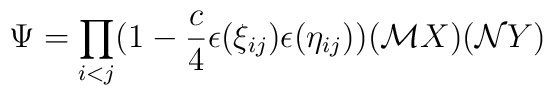
\Psi= \prod_{i<j} (1-\frac{c}{4}\epsilon (\xi_{ij})\epsilon (\eta_{ij}))  ({\cal M}X)  ({\cal N}Y)